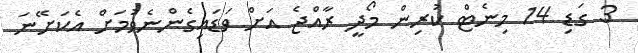
3 ގަޑި 14 މިނެޓް ކުރިން މޯދީ ރާއްޖެ އަށް ވަޑައިގެންނެވުމަށް އެކަށޭނަ